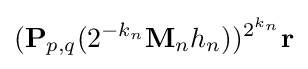
(\mathbf {P} _{p,q}(2^{-k_{n}}\mathbf {M} _{n}h_{n}))^{2^{k_{n}}}\mathbf {r}